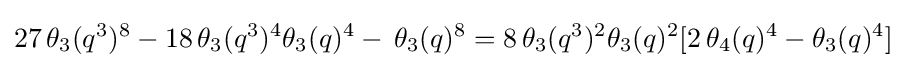
27\,\theta _{3}(q^{3})^{8}-18\,\theta _{3}(q^{3})^{4}\theta _{3}(q)^{4}-\,\theta _{3}(q)^{8}=8\,\theta _{3}(q^{3})^{2}\theta _{3}(q)^{2}[2\,\theta _{4}(q)^{4}-\theta _{3}(q)^{4}]